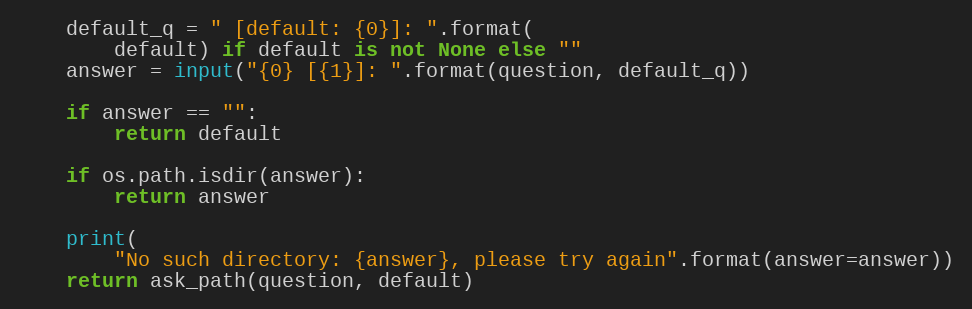
Language: Python
    default_q = " [default: {0}]: ".format(
        default) if default is not None else ""
    answer = input("{0} [{1}]: ".format(question, default_q))

    if answer == "":
        return default

    if os.path.isdir(answer):
        return answer

    print(
        "No such directory: {answer}, please try again".format(answer=answer))
    return ask_path(question, default)